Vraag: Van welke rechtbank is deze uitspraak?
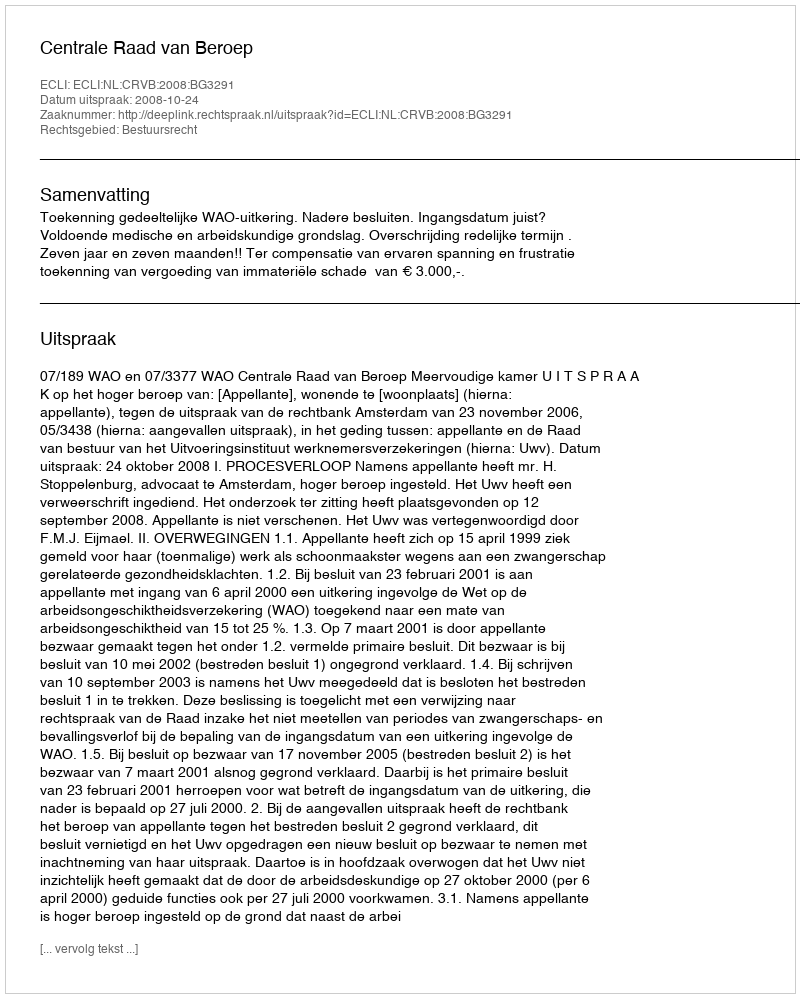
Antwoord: Centrale Raad van Beroep